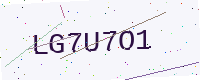
Text: LG7U7O1